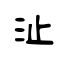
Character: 沚